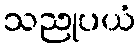
သညုပယံ